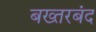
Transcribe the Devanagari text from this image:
बख्‍तरबंद